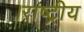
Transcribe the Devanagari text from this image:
।राष्ट्रीय